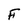
Character: F